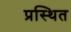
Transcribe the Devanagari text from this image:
प्रस्थित